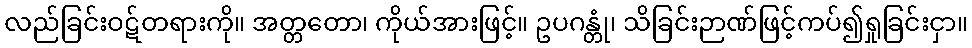
လည်ခြင်းဝဋ်တရားကို။ အတ္တတော၊ ကိုယ်အားဖြင့်။ ဥပဂန္တုံ၊ သိခြင်းဉာဏ်ဖြင့်ကပ်၍ရှုခြင်းငှာ။